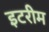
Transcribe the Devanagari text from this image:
इटरीम